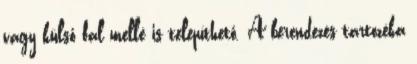
vagy külső fal mellé is telepíthető. A berendezés tartozéka